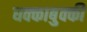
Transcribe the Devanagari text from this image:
धक्काबुक्की